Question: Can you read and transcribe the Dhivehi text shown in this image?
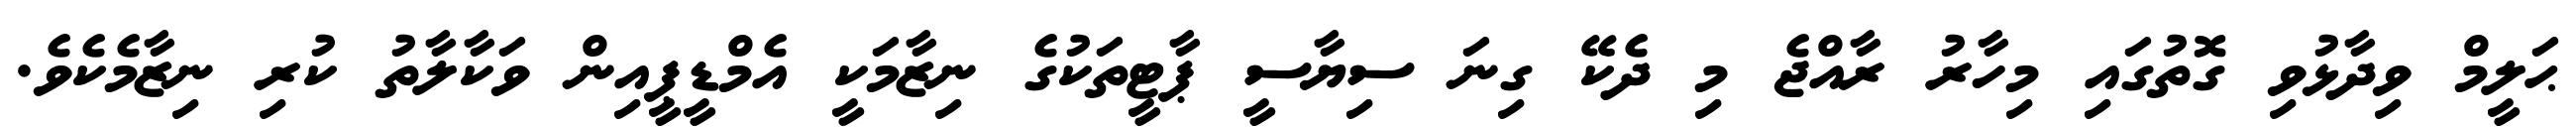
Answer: ޙަލީމް ވިދާޅުވި ގޮތުގައި މިހާރު ރާއްޖެ މި ދެކޭ ގިނަ ސިޔާސީ ޕާޓީތަކުގެ ނިޒާމަކީ އެމްޑީޕީއިން ވަކާލާތު ކުރި ނިޒާމެކެވެ.